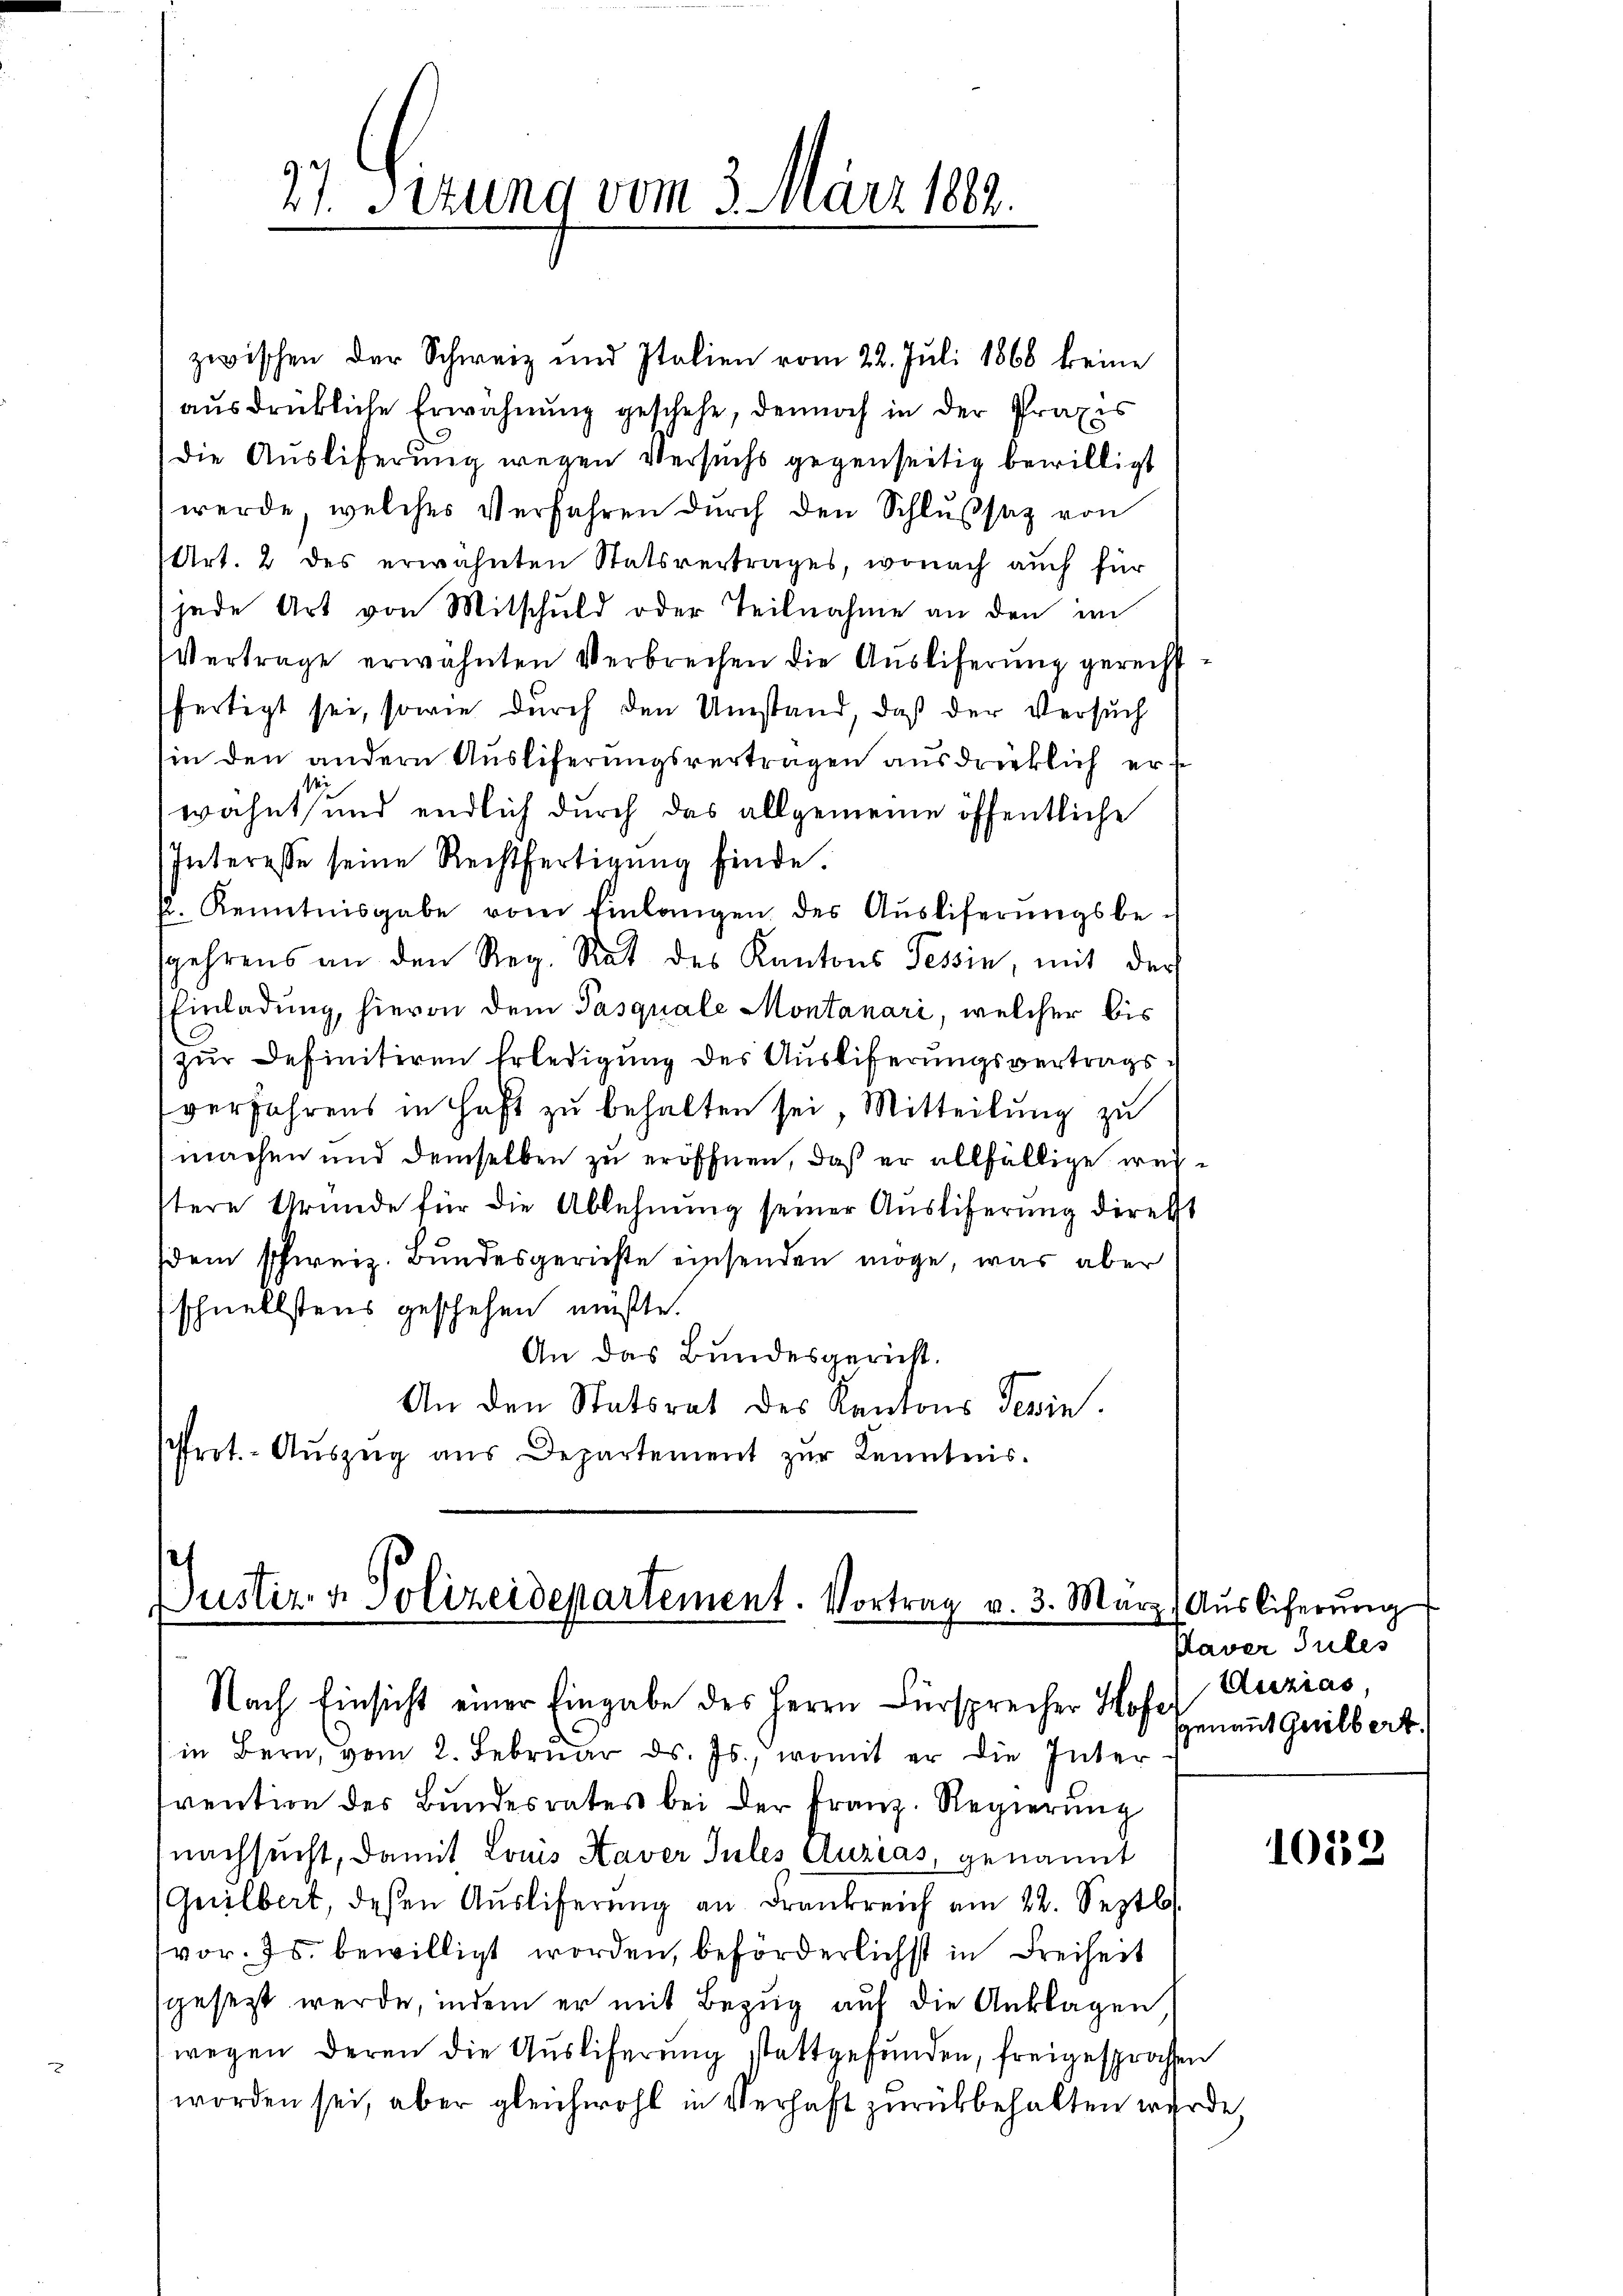
27. Sizung vom 3. März 1882.

zwischen der Schweiz und Italien vom 22. Juli 1868 keine
ausdrückliche Erwähnung geschehe, dennoch in der Praxis
die Auslieferung wegen Versuchs gegenseitig bewilligt
werde, welches Verfahren durch den Schlußsatz von
Art. 2 des erwähnten Statsvertrages, wonach auch für
jede Art von Mitschuld oder Teilnahme an den im
Vertrage erwähnten Verbrechen die Auslieferung gerechtfertigt sei, sowie durch den Umstand, daß der Versuch
in den andern Ausliferungsvertragen ausdrücklich erf
wähnt und endlich durch das allgemeine öffentliche
Interesse seine Rechtfertigŭng finde.
f. Kenntnisgabe vom Einlangen des Auslieferungsbegehrens an den Reg. Rat des Kantons Tessin, mit der
Einladung, hievon dem Pasquale Montanari, welcher bis
zur Definitiven Erledigung des Ausliferungsvertragsverfahrens in Haft zu behalten sei, Mitteilung zu
machen und demselben zu eröffnen, daß er allfällige weitere Grunde für die Ablehnung seiner Ausliferung direkt
dem schweiz. Bundesgerichte einsenden möge, was aber
schnellstens geschehen müßte.
An das Bundesgericht.
An den Statsrat des Kantons Tessin.
Prot. Auszug aus Departement zur Kenntnis.

Justiz- & Polizeidepartement. Vortrag v. 3. März) Auslicherŭng
Nach Einsicht einer Eingabe des Herrn Fürsprecher Hose Anzias

in Bern, vom 2. Febrŭar d. Js., womit er die Inter
frention des Bŭndesrates bei der Franz. Regierŭng
nachsucht, damit Louis Haver Jules Auzias genannt
Guilbert, deßen Aŭsliferŭng an Frankreich am 22. Septb.
vor. Js. bewilligt worden, beförderlichst in Freiheit
sgesetzt werde, indem er mit Bezug auf die Anklagen,
wegen deren die Auslieferung stattgefunden, freigesprochen
worden sei, aber gleichwohl in Verhaft zurückbehalten wurde.

Paver Sules
genannt Guilbert.

1019